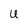
Character: u